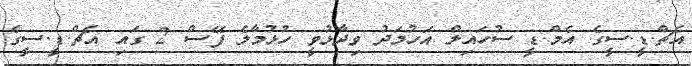
އެޗް.ޑީ.ސީގެ އެމް.ޑީ ސުހައިލް އަހުމަދު ވިދާޅުވީ ހުޅުމާލެ ފޭސް 2 ގައި އެޗް.ޑީ.ސީގެ